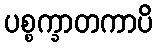
ပစ္စက္ခာတကာပိ